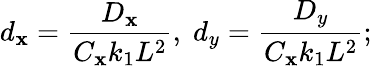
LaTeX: d_{\mathbf{x}}=\frac{{D_{\mathbf{x}}}}{{C_{\mathbf{x}}k_{1}L^{2}}},\; d_{y}=\frac{{D_{y}}}{{C_{\mathbf{x}}k_{1}L^{2}}};